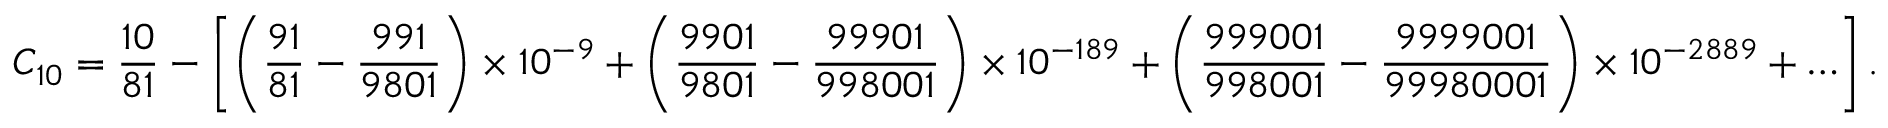
C _ { 1 0 } = { \frac { 1 0 } { 8 1 } } - \left[ \left( { \frac { 9 1 } { 8 1 } } - { \frac { 9 9 1 } { 9 8 0 1 } } \right) \times 1 0 ^ { - 9 } + \left( { \frac { 9 9 0 1 } { 9 8 0 1 } } - { \frac { 9 9 9 0 1 } { 9 9 8 0 0 1 } } \right) \times 1 0 ^ { - 1 8 9 } + \left( { \frac { 9 9 9 0 0 1 } { 9 9 8 0 0 1 } } - { \frac { 9 9 9 9 0 0 1 } { 9 9 9 8 0 0 0 1 } } \right) \times 1 0 ^ { - 2 8 8 9 } + \ldots \right] .